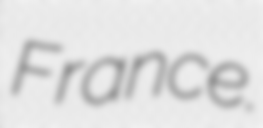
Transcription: France.